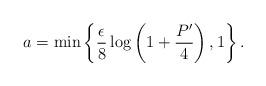
LaTeX: \begin{align*}a = \min \left\{\frac{\epsilon}{8} \log \left( 1 + \frac{P'}{4} \right), 1\right\} .\end{align*}